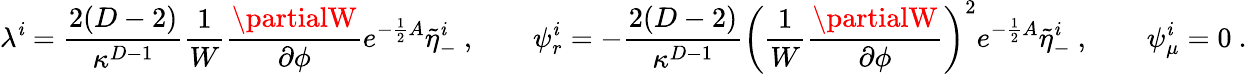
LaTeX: \lambda^{\mathit{i}}={\frac{{2(D-2)}}{{\kappa^{D-1}}}}{\frac{{1}}{{W}}}{\frac{{\partialW}}{{\partial\phi}}}e^{-{\frac{{1}}{{2}}}A}\tilde{{\eta}}_{-}^{\mathit{i}}\ ,\qquad\psi_{r}^{\mathit{i}}=-{\frac{{2(D-2)}}{{\kappa^{D-1}}}}\left({\frac{{1}}{{W}}}{\frac{{\partialW}}{{\partial\phi}}}\right)^{2}e^{-{\frac{{1}}{{2}}}A}\tilde{{\eta}}_{-}^{\mathit{i}}\ ,\qquad\psi_{\mu}^{\mathit{i}}=0\ .